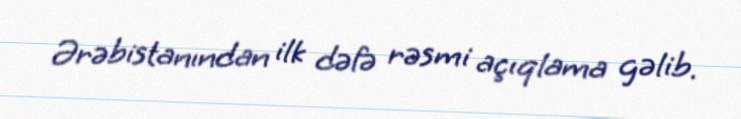
Ərəbistanından ilk dəfə rəsmi açıqlama gəlib.